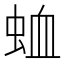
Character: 𮔆